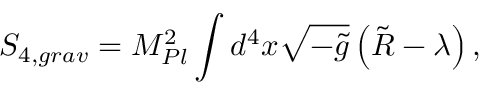
S _ { 4 , g r a v } = M _ { P l } ^ { 2 } \int d ^ { 4 } x \sqrt { - \tilde { g } } \left( \tilde { R } - \lambda \right) ,